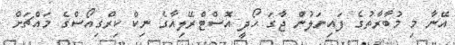
އޭނާ މި މުބާރާތުގެ ފައިނަލުން ޖާގަ ހޯދީ އޮސްޓްރޭލިއާގެ ނިކް ކިރްގިއޯސްގެ މައްޗަށް